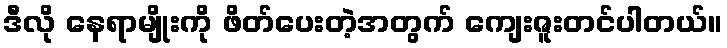
ဒီလို နေရာမျိုးကို ဖိတ်ပေးတဲ့အတွက် ကျေးဇူးတင်ပါတယ်။